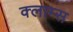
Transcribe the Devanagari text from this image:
क्लाम्स